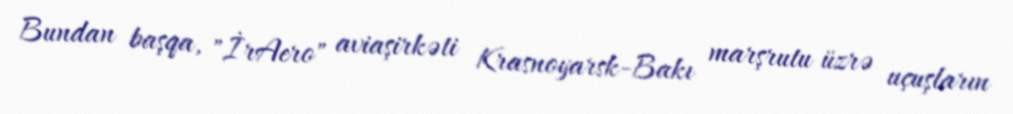
Bundan başqa, "İrAero" aviaşirkəti Krasnoyarsk-Bakı marşrutu üzrə uçuşların